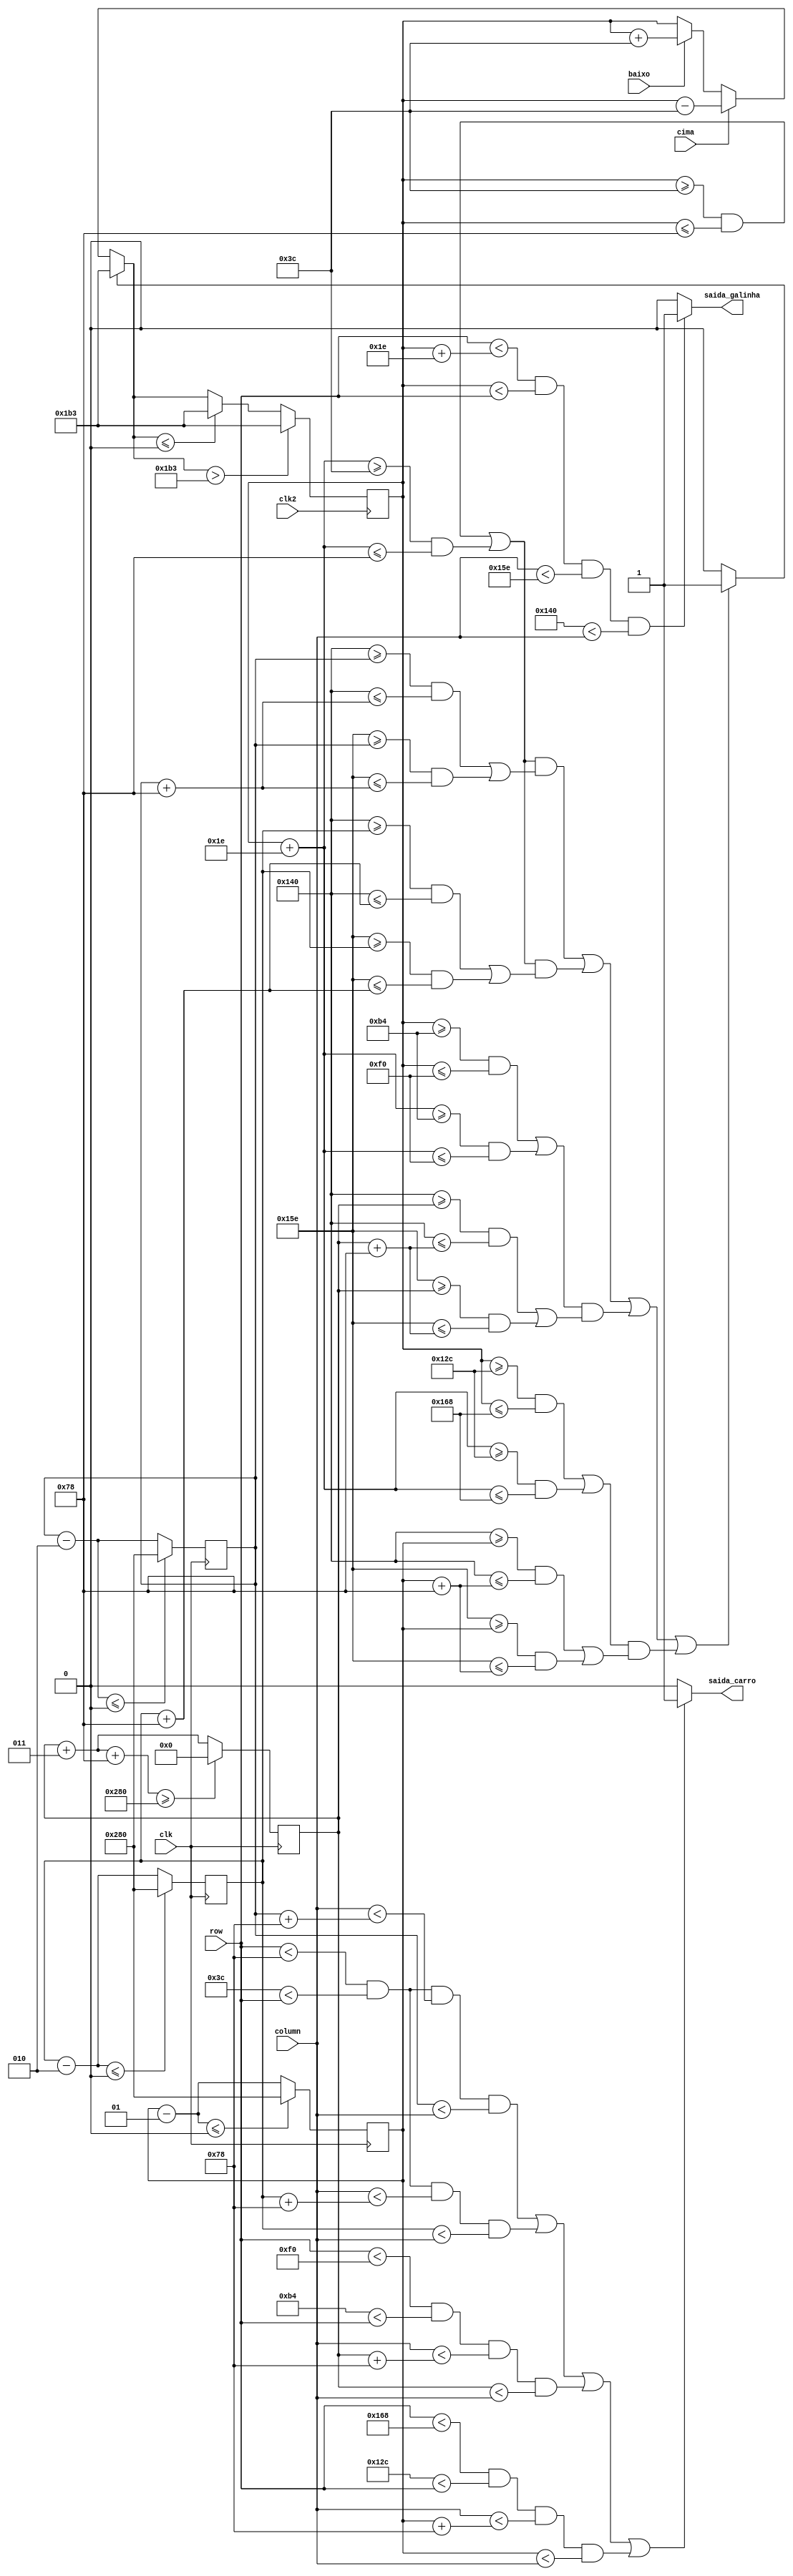
module render (clk, cima, baixo, row, column, saida_galinha, saida_carro, clk2);
	
	/*640 x 480  a resoluo do kit*/
	
	input clk, cima, baixo, clk2;
	input [9:0] row, column;
	output reg saida_galinha, saida_carro;
	integer reset = 0;
	integer coluna_galinha = 320; /*column_count*/
	integer linha_galinha = 435; /*row_count*/
	
	/*trs linhas de carros*/
	/**/
	integer coluna_carro1 = 600;
	integer linha_carro1 = 60;
	integer coluna_carro1_2 = 300;
	integer linha_carro1_2 = 60;
	
	integer coluna_carro2 = 0;
	integer linha_carro2 = 180;
	
	integer coluna_carro3 = 600;
	integer linha_carro3 = 300;
	
	always @(posedge clk)
	begin
		/*Carro 1 comea na direita da tela, e se move pra esquerda*/
		/*Velocidade 2*/
		coluna_carro1 = coluna_carro1 - 2;
		if (coluna_carro1 <= 0)
			coluna_carro1 = 640;
			
		/*Carro 1_2 comea na direita da tela, e se move pra esquerda*/
		/*Velocidade 2*/
		coluna_carro1_2 = coluna_carro1_2 - 2;
		if (coluna_carro1_2 <= 0)
			coluna_carro1_2 = 640;

		/*Carro 2 comea na esquerda da tela, e se move pra direita*/
		/*Velocidade 3*/
		coluna_carro2 = coluna_carro2 + 3;
		if (coluna_carro2+120 >= 640)
			coluna_carro2 = 0;

		/*Carro 3 comea na direita da tela, e se move pra esquerda*/
		/*Velocidade 1*/
		coluna_carro3 = coluna_carro3 - 1;
		if (coluna_carro3 <= 0)
			coluna_carro3 = 640;
	end
	
	always @*
	begin
		/*Renderizar Galinha*/
		if(row < linha_galinha + 30 & linha_galinha < row & column < coluna_galinha + 30 & coluna_galinha < column)
			saida_galinha = 1;
		else
			saida_galinha = 0;

		/*Renderizar veiculos*/
		if ((row < linha_carro1 + 60 & linha_carro1 < row & column < coluna_carro1 + 120 & coluna_carro1 < column)
			| (row < linha_carro1_2 + 60 & linha_carro1_2 < row & column < coluna_carro1_2 + 120 & coluna_carro1_2 < column)
			| (row < linha_carro2 + 60 & linha_carro2 < row & column < coluna_carro2 + 120 & coluna_carro2 < column)
			| (row < linha_carro3 + 60 & linha_carro3 < row & column < coluna_carro3 + 120 & coluna_carro3 < column)
			)
			saida_carro = 1;
		else 
			saida_carro = 0;

		/*Tratamento de coliso*/
		/*Os testes so: a esquerda da galinha ou a direita da galinha to entre a esquerda ou direita do carro E o topo e a parte de baixo da galinha to entre o carro tambm ocorre a coliso*/
		if ((((linha_galinha>=linha_carro1 & linha_galinha<=linha_carro1+60) | (linha_galinha+30 >= linha_carro1 & linha_galinha+30<=linha_carro1+60))
		& ((coluna_galinha>=coluna_carro1 & coluna_galinha<=coluna_carro1+120) | (coluna_galinha+30 >= coluna_carro1 & coluna_galinha+30<=coluna_carro1+120)))
		|
		(((linha_galinha>=linha_carro1_2 & linha_galinha<=linha_carro1_2+60) | (linha_galinha+30 >= linha_carro1_2 & linha_galinha+30<=linha_carro1_2+60))
		& ((coluna_galinha>=coluna_carro1_2 & coluna_galinha<=coluna_carro1_2+120) | (coluna_galinha+30 >= coluna_carro1_2 & coluna_galinha+30<=coluna_carro1_2+120)))
		|
		(((linha_galinha>=linha_carro2 & linha_galinha<=linha_carro2+60) | (linha_galinha+30 >= linha_carro2 & linha_galinha+30<=linha_carro2+60))
		& ((coluna_galinha>=coluna_carro2 & coluna_galinha<=coluna_carro2+120) | (coluna_galinha+30 >= coluna_carro2 & coluna_galinha+30<=coluna_carro2+120)))
		|
		(((linha_galinha>=linha_carro3 & linha_galinha<=linha_carro3+60) | (linha_galinha+30 >= linha_carro3 & linha_galinha+30<=linha_carro3+60))
		& ((coluna_galinha>=coluna_carro3 & coluna_galinha<=coluna_carro3+120) | (coluna_galinha+30 >= coluna_carro3 & coluna_galinha+30<=coluna_carro3+120))))
		
			reset = 1;

		else reset = 0;
	end

	// Controle pra linha galinha
	always @(posedge clk2)
	begin
		if(reset == 1) linha_galinha = 435;
			
		else if(cima == 1) linha_galinha = linha_galinha - 60;
		
		else if(baixo == 1) linha_galinha = linha_galinha + 60;
				
		if(linha_galinha > 435) linha_galinha = 435;
			
		else if(linha_galinha <= 0) linha_galinha = 435;
	end
	
endmodule